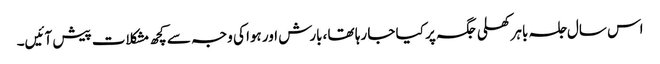
اس سال جلسہ باہر کھلی جگہ پر کیا جا رہا تھا ،بارش اور ہوا کی وجہ سے کچھ مشکلات پیش آئیں۔